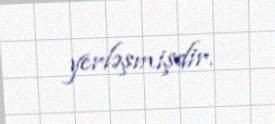
yerləşmişdir.